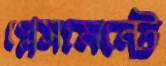
প্লেসমেন্টে